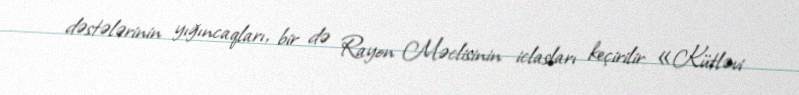
dəstələrinin yığıncaqları, bir də Rayon Məclisinin iclasları keçirilir: «Kütləvi